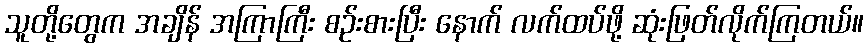
သူတို့တွေက အချိန် အကြာကြီး စဉ်းစားပြီး နောက် လက်ထပ်ဖို့ ဆုံးဖြတ်လိုက်ကြတယ်။